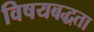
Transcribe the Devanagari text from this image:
विषयबद्धता